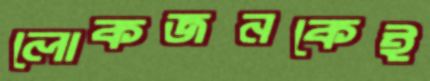
লোকজনকেই